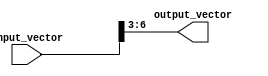
module part_select_assign(
    input wire [7:0] input_vector,
    output reg [3:0] output_vector
);

always @(*) begin
    output_vector = input_vector[6:3]; // assigning bits 6 to 3 from input_vector to output_vector
end

endmodule